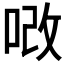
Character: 𠳚